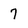
Character: 7